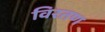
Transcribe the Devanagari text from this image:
विरतण